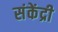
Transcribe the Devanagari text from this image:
संकेंद्री